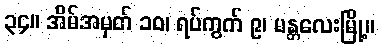
၃၄။ အိမ်အမှတ် ၁၀၊ ရပ်ကွက် ၉၊ မန္တလေးမြို့။